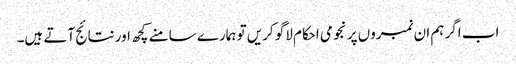
اب اگر ہم ان نمبروں پر نجومی احکام لاگو کریں تو ہمارے سامنے کچھ اور نتائج آتے ہیں۔